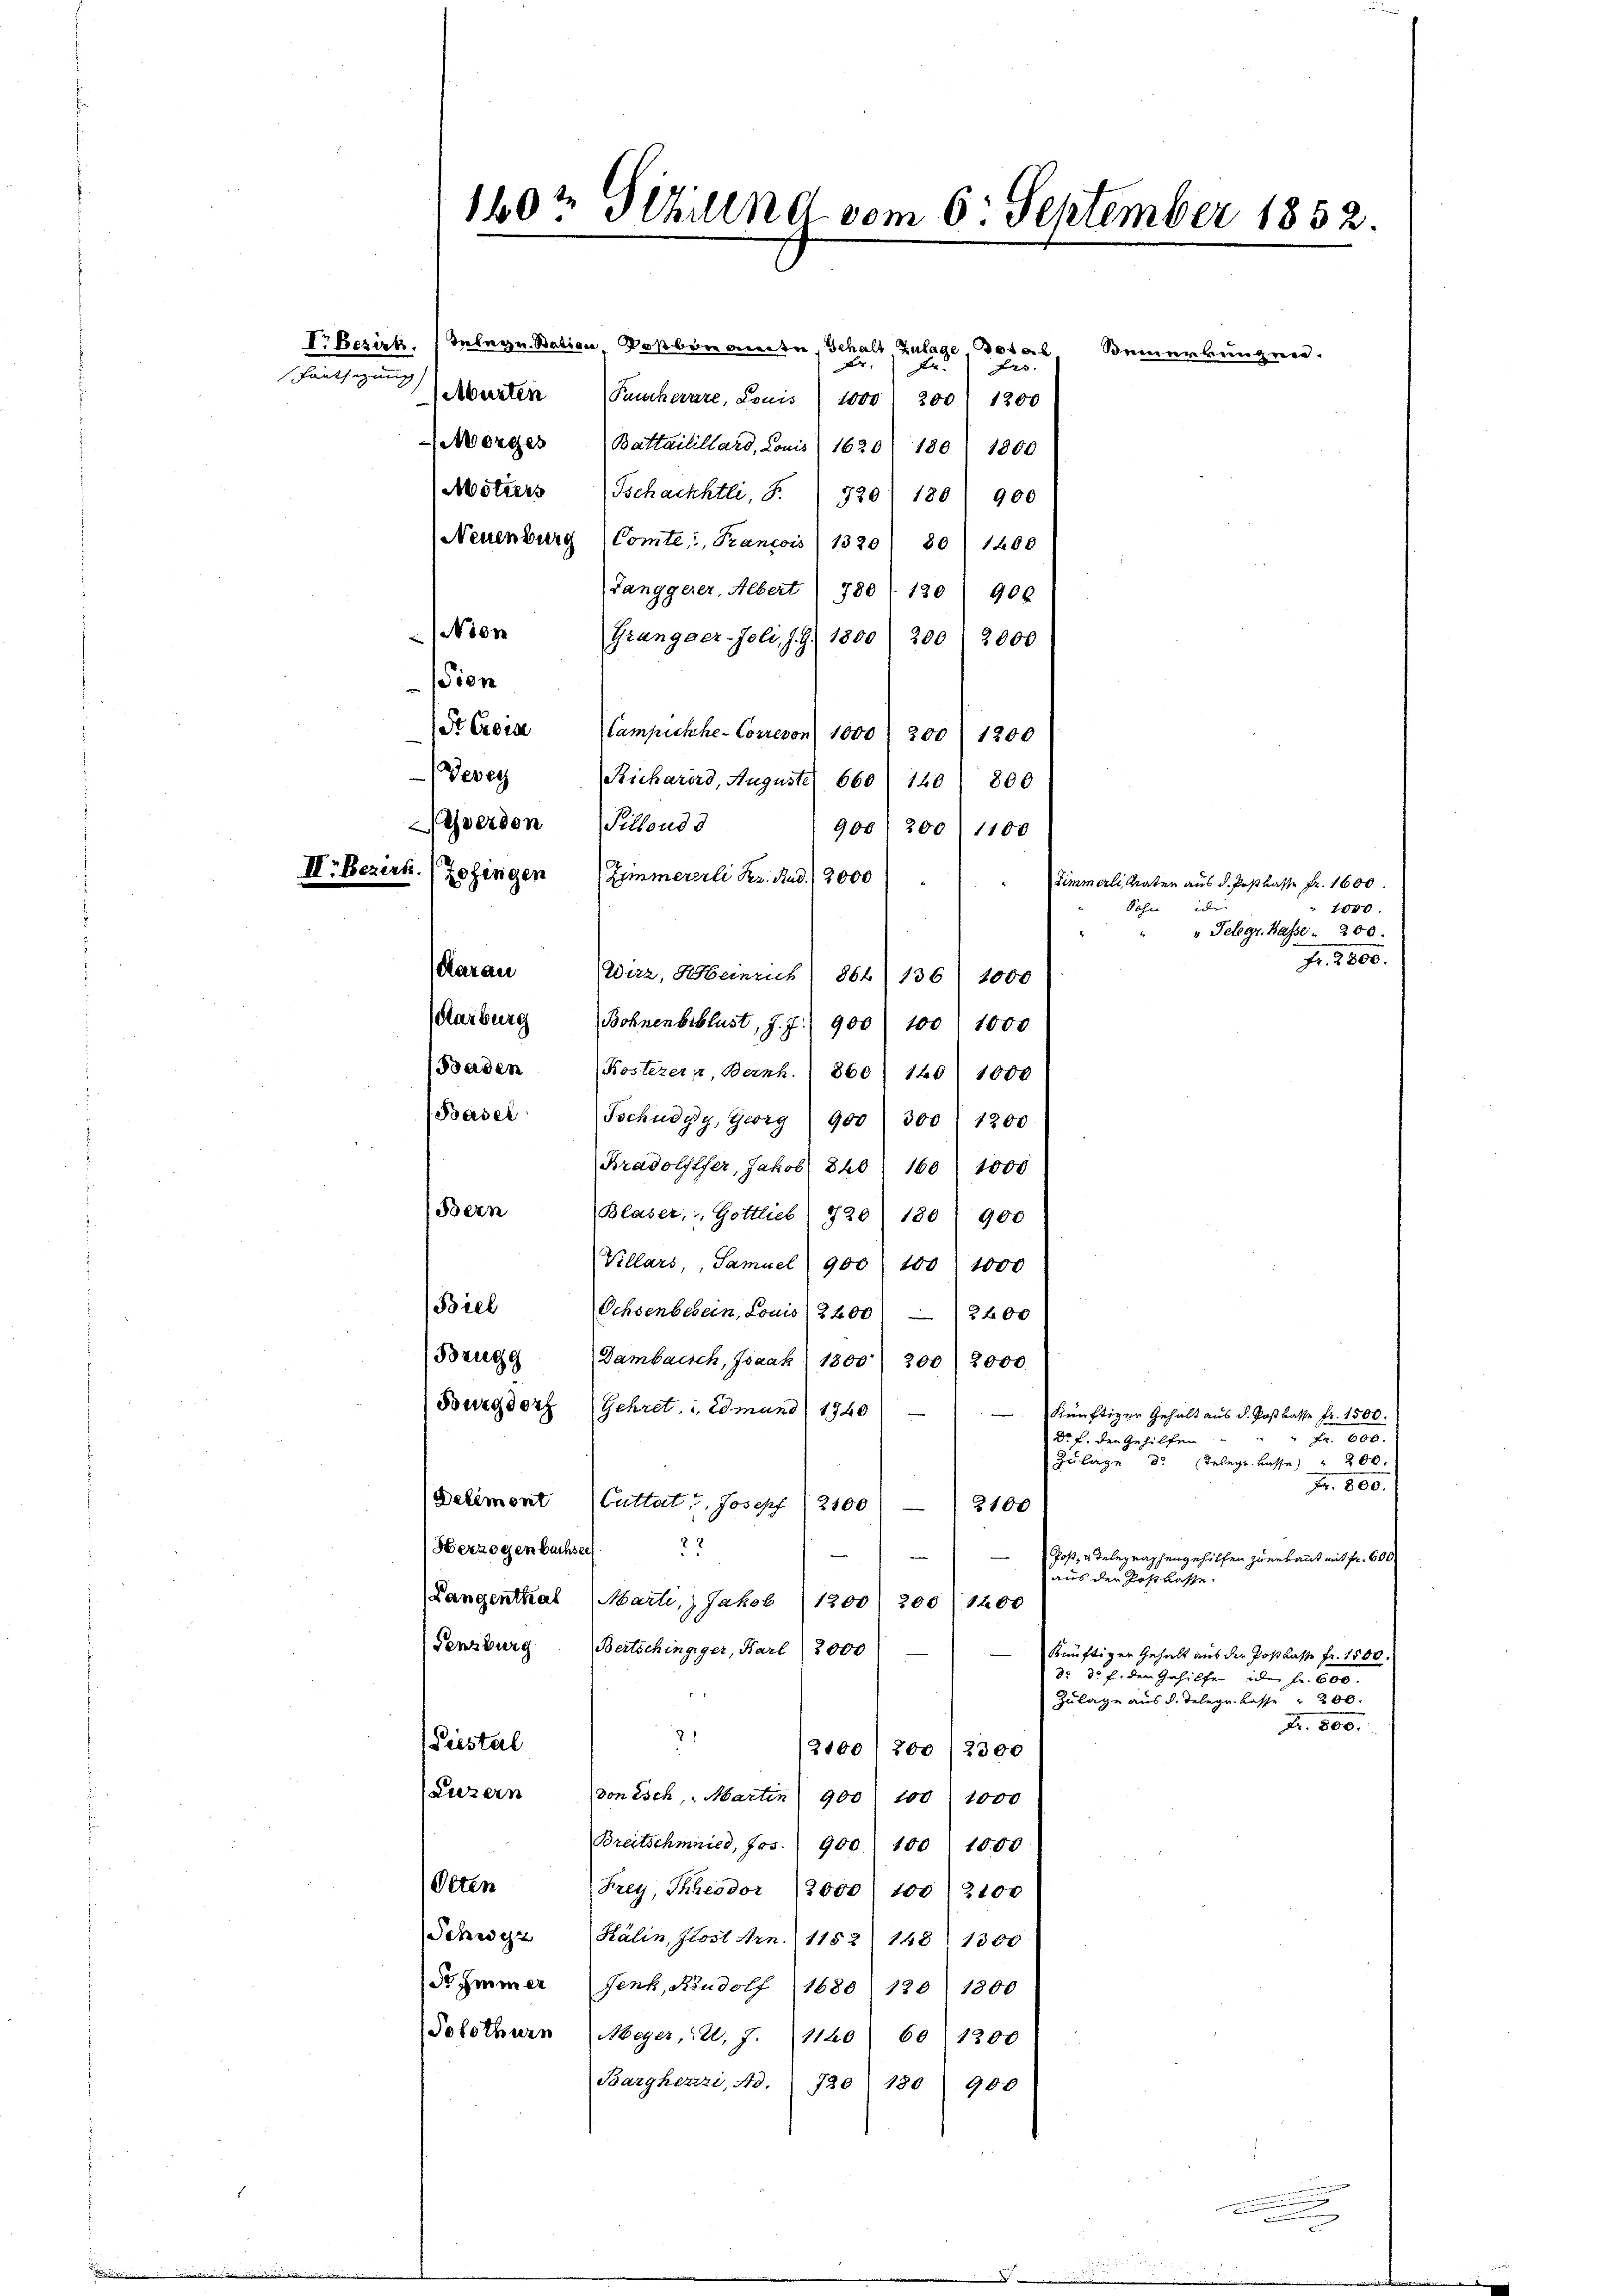
nsegnung

I

ion
Gwerden Pillous 3
Karburg
Baden

160te Schilend vom 6. September 1852.

Motiers Tschachtli, S. 720) 180 (900
(Neuenburg (Comte: Francois (1320) 801 1200
Janggerer, Albert. 780 (130) 900
Nien (Grangaer-Joli, J. J. 1800. 200) 2000
St Creise (Campichhe-Correvon 1000. 200 f 1200
Devey Richarers, Auguste 660 f 140 800
906) 200) 1100
Bezert. (Zofingen (Zimmererli Kr. Rud. 3000
Zimmerli, Mater aus d. Postkasse Fr. 1600
1
1000
Sohn
v. Telegt. Hasse 200.
f. 2800.
(Aarau Wirz, Heinrich (864 (136) 1000
Bohnenbeblust, J. J. 900 100 f 1000
Kosterein, Bernh. 860 140: 1000
Basel (Schüdgy, Georg (900) 300 (1200.
Bradolflser, Jakob 820  160) 1000
Blaser, Gottlieb) 720/ 180 (900
Villars, Samuel 900 100 1000
(Biel (Ochsenberein, Louis) 2200) 2400
Brugg (Dambaisch, Isaak 1300) 200 (2000
Burgdorf (Gehret, 1 Edmund 1740
Künftiger Gehalt aus d. Postkasse fr. 1500.
I. 600.
Dr. f. den Gehilfen
Zulage delegt. Basse) " 200.
Fr. 800.
Delémont (Cuttat v. Josepf (21001 2100
Herzogen buchsel 2
e
Post, u. Telegraphengehilfen zu erkannt mit fr. 600
aus der Rostkasse.
Langenthal (Marti, Jakob (1200) 200 (1400
Fenzburg (Bertschingiger, Barl (2000)
künftigen Gehalt aus der Postkasse Fr. 1500
d: 30 f. den Gehilfen ider Fr. 600.
4
Zulage aus d. Telegr. Kasse 200.
Fr. 800.
21
Siesterl
2100/200 (2300
Luzern
von Esch, Martin 900 100 1000
Breitschmied, Jos. 900 100. 1000
Olten
Frey, Theodor (2000) 100 2100
Schwyz (Kälin, Klost Arn. 1152. 148 1300
Sr Immer Jenk, Rudolf 1680 (120 1800
Solothurn (Meyer, 12. 7. 1120 (60 (1200
Barghezzi, Ad. " 720 180. 900

Vr Besirt. 1 Telegr. Station Postenannte, Schalt Zulage, Bote
Fr:
te.
g |
Abarten Pauckerare, Louis 1000) 200) 1200
 Morges (Battailillard, Louis (1620/ 180/ 1800

Bern

Beieren begre

.